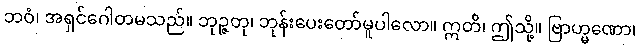
ဘဝံ၊ အရှင်ဂေါတမသည်။ ဘုဉ္ဇတု၊ ဘုန်းပေးတော်မူပါလော။ ဣတိ၊ ဤသို့။ ဗြာဟ္မဏော၊